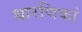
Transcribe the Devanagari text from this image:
धारणिकां